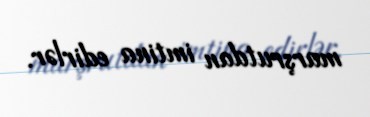
marşrutdan imtina edirlər.